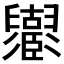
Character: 𦦶